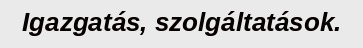
Igazgatás, szolgáltatások.